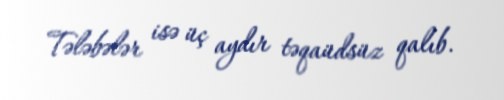
Tələbələr isə üç aydır təqaüdsüz qalıb.